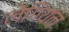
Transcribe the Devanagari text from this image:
लेगियन